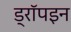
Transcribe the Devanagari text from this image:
ड्रॉपइन